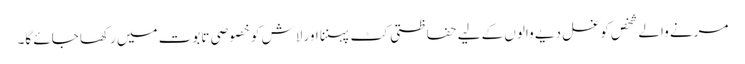
مرنے والے شخص کو غسل دیے والوں کے لیے حفاظتی کٹ پہننا اور لاش کو خصوصی تابوت میں رکھا جائے گا۔